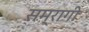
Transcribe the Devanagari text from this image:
सम्रागी